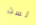
لست